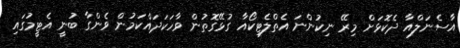
އާސެނަލްއާ ދެކޮޅަށް މިރޭ ނިކުންނަ އެތްލެޓިކޯއާ ގުޅޭގޮތުން ވާހަކަދައްކަމުން ވެންގާ ބުނީ އެޓީމުގައި